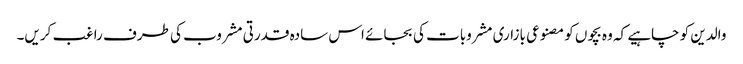
والدین کو چاہیے کہ وہ بچوں کو مصنوعی بازاری مشروبات کی بجائے اس سادہ قدرتی مشروب کی طرف راغب کریں۔